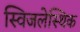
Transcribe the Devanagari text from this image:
स्विजलेस्थिक